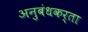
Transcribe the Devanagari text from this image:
अनुबंधकर्ता